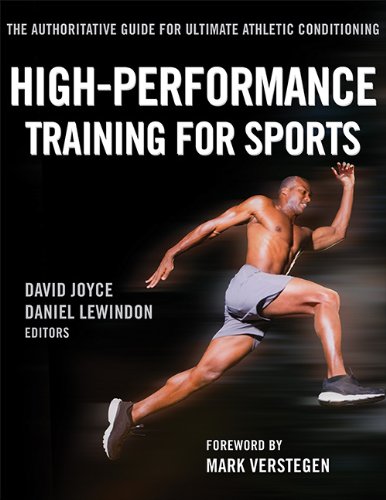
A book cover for High-Performance Training for Sports; Dan Lewindon; Health, Fitness & Dieting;